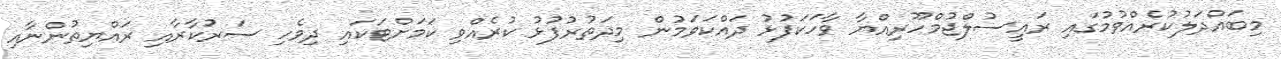
މިބައްދަލުކުރެއްވުމުގައި ރައީސުލްޖުމްހޫރިއްޔާ ވާހަކަފުޅު ދައްކަވަމުން މިދަތުރުފުޅު ކުރެއްވި ކަމަށްޓަކައި ދިވެހި ސަރުކާރާއި ރައްޔިތުންނާއި